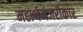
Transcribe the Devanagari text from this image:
महार्थमंजरीकार